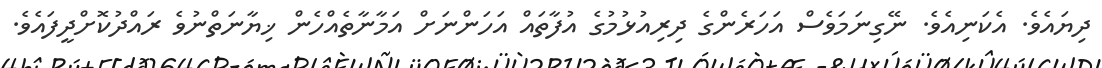
ދިޔައެވެ. އެކަނިއެވެ. ނޭގިނަމަވެސް އަހަރެންގެ ދިރިއުޅުމުގެ އުފާތައް އަހަންނަށް އަމާނާތެއްހެން ޚިޔާނަތްނުވެ ރައްދުކޮށްދީފައެވެ.